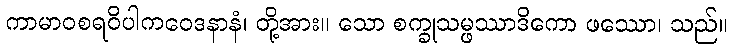
ကာမာဝစရဝိပါကဝေဒနာနံ၊ တို့အား။ သော စက္ခုသမ္ဖဿာဒိကော ဖဿော၊ သည်။